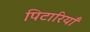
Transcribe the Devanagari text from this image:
पिटारियाँ